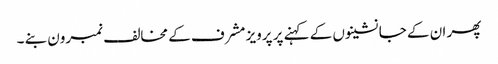
پھر ان کے جانشینوں کے کہنے پر پرویز مشرف کے مخالف نمبرون بنے ۔